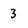
Character: 3